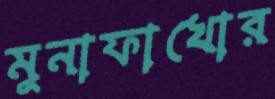
মুনাফাখোর